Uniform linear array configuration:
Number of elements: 4
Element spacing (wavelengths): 0.25
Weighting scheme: exponential
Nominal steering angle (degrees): -60
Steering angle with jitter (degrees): -59.631
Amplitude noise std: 0.05
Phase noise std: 0.05

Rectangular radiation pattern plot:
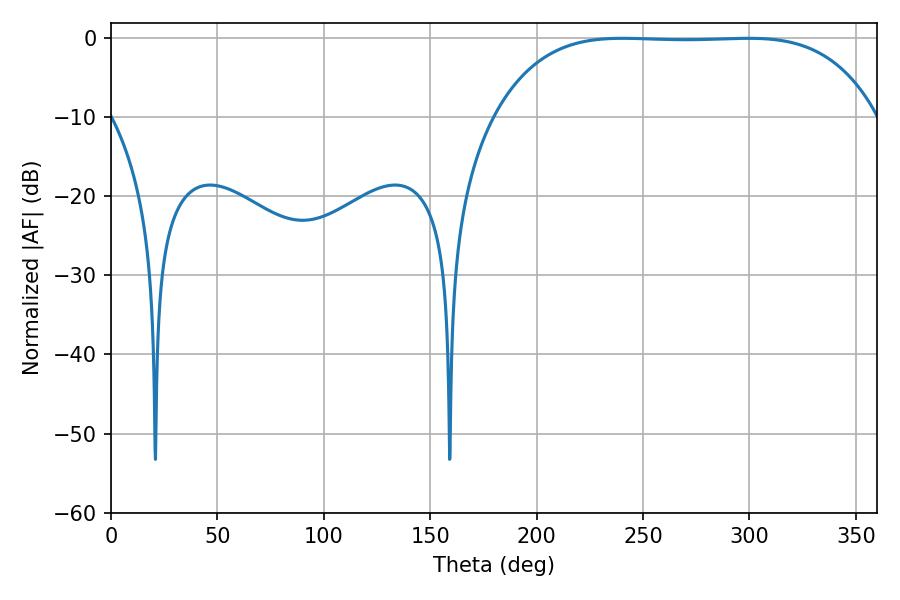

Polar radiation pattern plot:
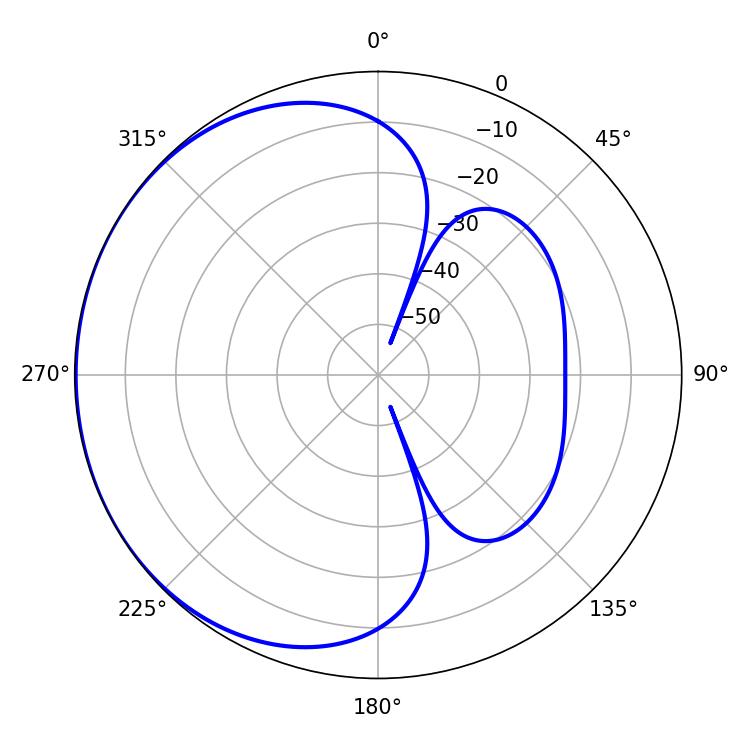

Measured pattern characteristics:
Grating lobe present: FALSE
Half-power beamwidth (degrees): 138.6
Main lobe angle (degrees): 240.48